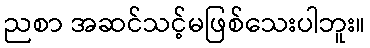
ညစာ အဆင်သင့်မဖြစ်သေးပါဘူး။